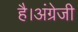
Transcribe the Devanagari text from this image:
है।अंग्रेजी